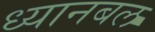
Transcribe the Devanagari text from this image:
ध्यानबल